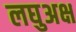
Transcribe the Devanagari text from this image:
लघुअक्ष